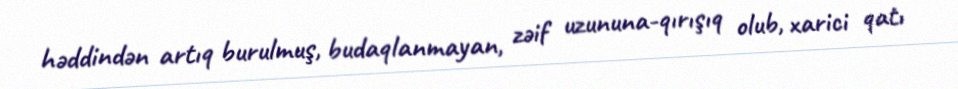
həddindən artıq burulmuş, budaqlanmayan, zəif uzununa-qırışıq olub, xarici qatı